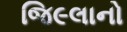
જિ૯લાનો